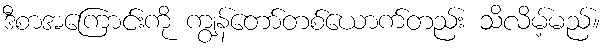
ဒီစာအကြောင်းကို ကျွန်တော်တစ်ယောက်တည်း သိလိမ့်မည်။